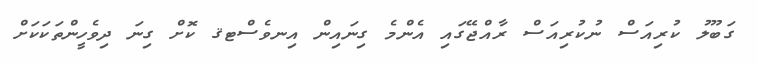
ގަބޫލު ކުރިއަސް ނުކުރިއަސް ރާއްޖޭގައި އެންމެ ގިނައިން އިނވެސްޓޤ ކޮށް ގިނަ ދިވެހީންތަކަކަށް